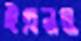
ইএনও